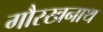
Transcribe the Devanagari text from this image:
गौरखनाथ